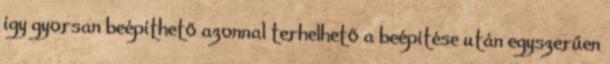
így gyorsan beépíthető azonnal terhelhető a beépítése után egyszerűen